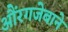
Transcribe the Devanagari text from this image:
औंरगजेबाने